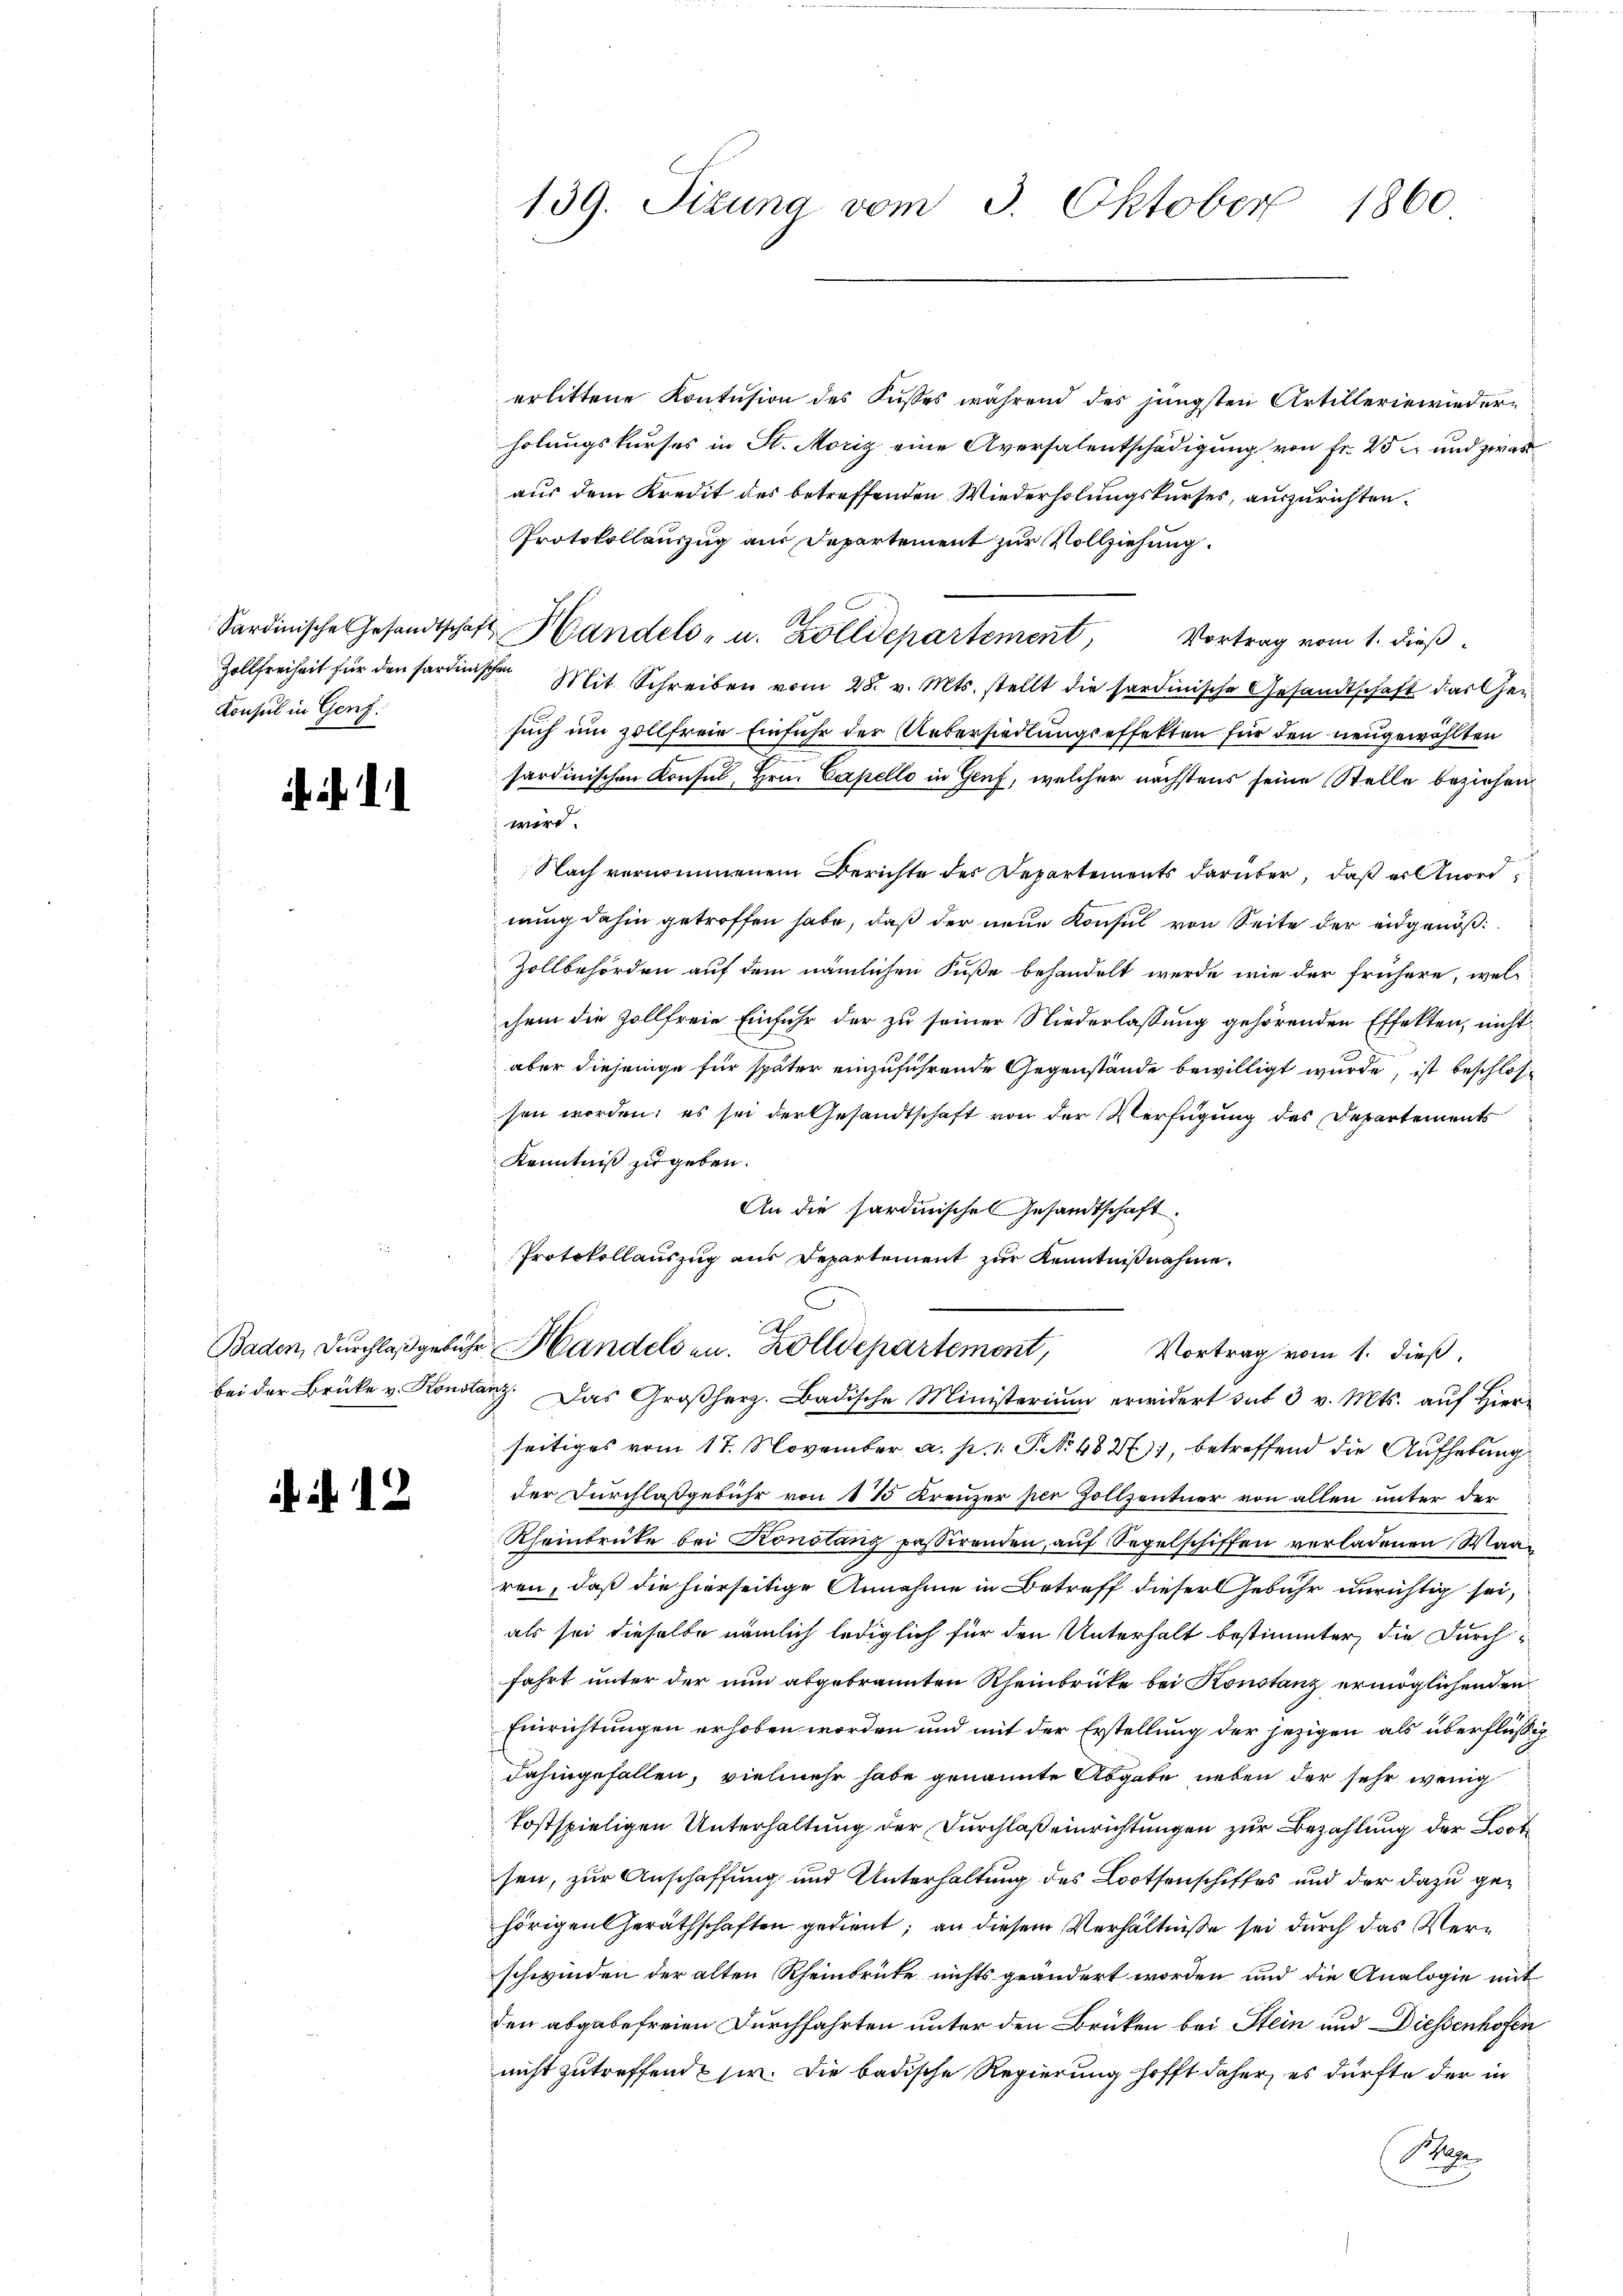
Zollfreiheit für den Sardin
Konsul in Genf.

Baden, Durchlaß gebühr
bei der Brücke v. Konsti

12

139. Sizung vom 3. Oktober 1860.

erlittene Kontŭsion des Kusses während des jüngsten Artilleriewiedern
holungskurses in St. Moriz eine Aversalentschädigung von Fr. 25 und zwas
aus dem Kredit des betreffenden Wiederholungskurses, auszurichten.
Protokollauszug aus Departement zur Vollziehung.
Sardinische Gesandtschaft Handels- u. Zolldepartement, Vortrag vom 1. dieß
ischen Mit Schreiben vom 28. v. Mts. stellt die sardinische Gesandtschaft das Gesuch um zollfreie Einfuhr der Uebersiedlungseffekten für den neugewählten
sardinischen Konsul, Hrn. Capello in Genf, welcher nächstens seine Stelle beziehen
wird.
Nach vernommenem Berichte des Departements darüber, daß er nord
nung dahin getroffen habe, daß der neue Konsul von Seite der eidgenöß¬
Zollbehörden auf dem nämlichen Fuße behandelt werde, wie der frühere, welchem die Zollfreie Einfuhr der zu seiner Niederlassung gehörenden Effekten, nicht
aber diejenige für später einzuführende Gegenstände bewilligt wurde, ist beschlossen worden; es sei der Gesandtschaft von der Verfügung des Departements
Kenntniß zu geben.
An die Sardinische Gesandtschaft.
Protokollauszug aus Departement zur Kenntnißnahme.
u Handelsen. Zolldepartement, Vortrag vom 1. dieβ.
auf. Das Großherz. Badische Ministerium erwidert sub 3 v. Mts. auf Hierseitiges vom 17. November a. p. 1. P. No. 4827), betreffend die Aufhebung
der Durchlaßgebühr von 17 Kreuzer per Holtzentner von allen unter der
Rheinbrücke bei Konstanz passirenden, auf Segelschiffen verladenen Waaren, daß die hierseitige Annahme in Betreff dieser Gebühr unrichtig sei,
als sei dieselbe nämlich lediglich für den Unterhalt bestimmter, die Durchfahrt unter der nun abgebrannten Rheinbrücke bei Konstanz ermöglichenden
Einrichtungen erhoben worden und mit der Erstellung der jezigen als überflüßig
dahingefallen, vielmehr habe genannte Abgabe neben der sehr wenig
kostspieligen Unterhaltung der Durchlaß einrichtungen zur Bezahlung der Brotsen, zur Anschaffung und Unterhaltung des Bootsenschiffes und der dazu gehörigen Geräthschaften gedient; an diesem Verhältnisse sei durch das Verschwinden der alten Rheinbrüte nichts geändert worden und die Analogie mit
den abgabefreien Durchfahrten unter den Brüken bei Stein und Diessenhofen
nicht zutreffend & sie. Die badische Regierung hofft daher, es dürfte der in
Ma